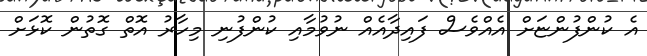
އެ ކުންފުންޏަށް އެއްވެސް ފައިދާއެއް ނުވުމާއި ކުންފުނި މިހާރު އޮތް ގޮތުން ކޮޅަށް